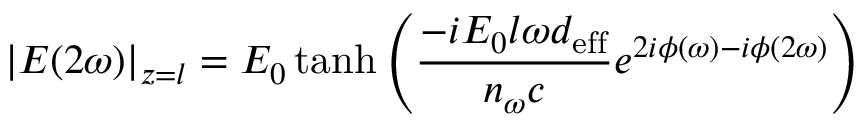
| E ( 2 \omega ) | _ { z = l } = E _ { 0 } \operatorname { t a n h } { \left( { \frac { - i E _ { 0 } l \omega d _ { \mathrm { e f f } } } { n _ { \omega } c } } e ^ { 2 i \phi ( \omega ) - i \phi ( 2 \omega ) } \right) }